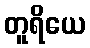
တူရိယေ